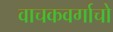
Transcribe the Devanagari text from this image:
वाचकवर्गाचो